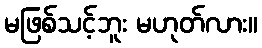
မဖြစ်သင့်ဘူး မဟုတ်လား။